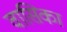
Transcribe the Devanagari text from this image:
वासिका